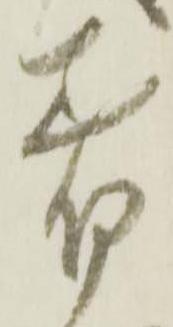
差